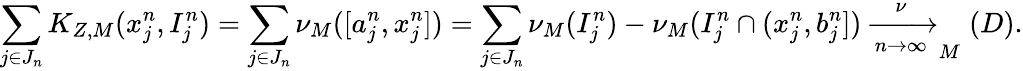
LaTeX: \sum_{j\in J_{n}}K_{Z,M}(x_{j}^{n},I_{j}^{n})=\sum_{j\in J_{n}}\nu_{M}([a_{j}^{n},x_{j}^{n}])=\sum_{j\in J_{n}}\nu_{M}(I_{j}^{n})-\nu_{M}(I_{j}^{n}\cap(x_{j}^{n},b_{j}^{n}])\xrightarrow[n\to\infty]\nu_{M}(D).